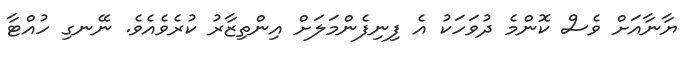
ޔާނާއަށް ވެސް ކޮންމެ ދުވަހަކު އެ ފިނިފެންމަލަށް އިންތިޒާރު ކުރެވެއެވެ. ނޭނގި ހުއްޓާ